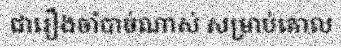
ជារឿងចាំបាច់ណាស់ សម្រាប់គោល